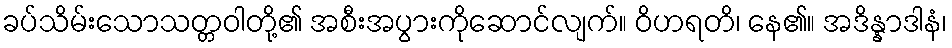
ခပ်သိမ်းသောသတ္တဝါတို့၏ အစီးအပွားကိုဆောင်လျက်။ ဝိဟရတိ၊ နေ၏။ အဒိန္နာဒါနံ၊